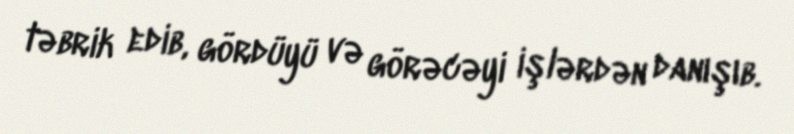
təbrik edib, gördüyü və görəcəyi işlərdən danışıb.